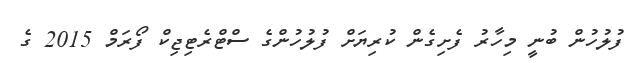
ފުލުހުން ބުނީ މިހާރު ފެށިގެން ކުރިޔަށް ފުލުހުންގެ ސްޓްރެޓިޖިކް ފޯރަމް 2015 ގެ